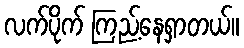
လက်ပိုက် ကြည့်နေရှာတယ်။